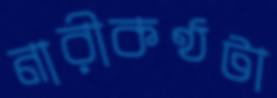
নারীকণ্ঠটা